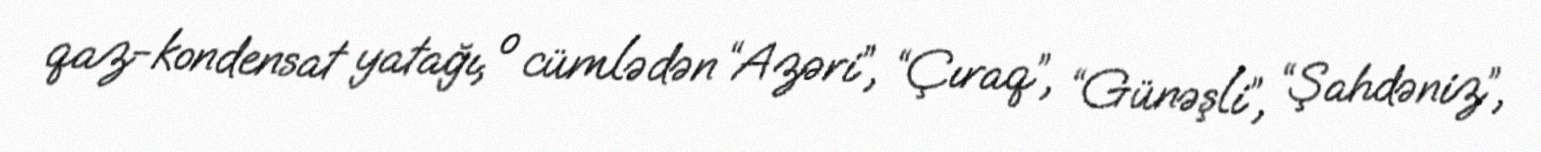
qaz-kondensat yatağı, o cümlədən “Azəri”, “Çıraq”, “Günəşli”, “Şahdəniz”,